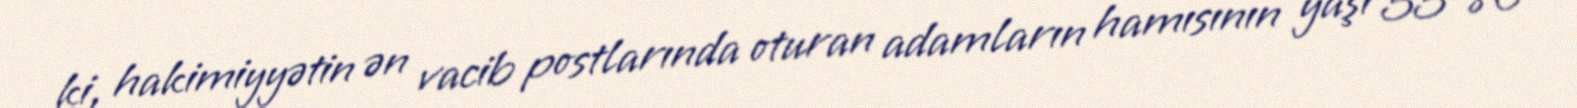
ki, hakimiyyətin ən vacib postlarında oturan adamların hamısının yaşı 55-80